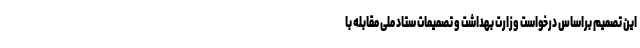
این تصمیم براساس درخواست وزارت بهداشت و تصمیمات ستاد ملی مقابله با